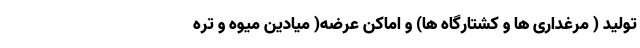
تولید ( مرغداری ها و کشتارگاه ها) و اماکن عرضه( میادین میوه و تره